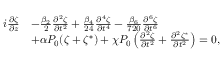
\begin{array} { r l } { i \frac { \partial \zeta } { \partial z } } & { - \frac { \beta _ { 2 } } { 2 } \frac { \partial ^ { 2 } \zeta } { \partial t ^ { 2 } } + \frac { \beta _ { 4 } } { 2 4 } \frac { \partial ^ { 4 } \zeta } { \partial t ^ { 4 } } - \frac { \beta _ { 6 } } { 7 2 0 } \frac { \partial ^ { 6 } \zeta } { \partial t ^ { 6 } } } \\ & { + \alpha P _ { 0 } ( \zeta + \zeta ^ { * } ) + \chi P _ { 0 } \left( \frac { \partial ^ { 2 } \zeta } { \partial t ^ { 2 } } + \frac { \partial ^ { 2 } \zeta ^ { * } } { \partial t ^ { 2 } } \right) = 0 , } \end{array}